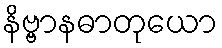
နိဗ္ဗာနဓာတုယော